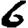
Digit: 6